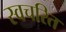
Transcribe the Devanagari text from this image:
स्वचरित